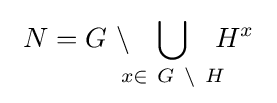
\ N=G\ \backslash \!\!\!\bigcup _{x\in \ G\ \backslash \ H}\!\!\!H^{x}\